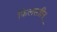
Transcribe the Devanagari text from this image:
फ़िलस्त़ीन्